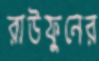
রাউফুনের